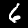
Digit: 6